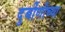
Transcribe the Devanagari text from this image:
दुर्बीणीच्या